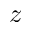
z